Annual report of the Imperial Bacteriological Laboratory, Muktesar
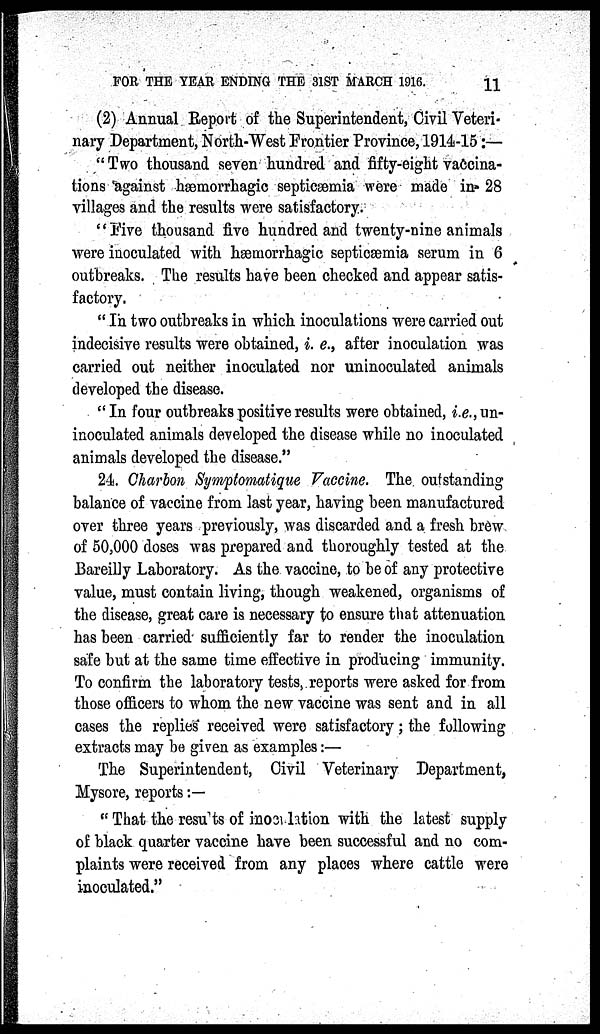
FOR THE YEAR ENDING THE 31ST MARCH 1916.
11
(2) Annual Report of the Superintendent, Civil Veteri-
nary Department, North-West Frontier Province, 1914-15:—
" Two thousand seven hundred and fifty-eight vaccina-
tions against hæmorrhagic septicæmia were made in 28
villages and the results were satisfactory.
"Five thousand five hundred and twenty-nine animals
were inoculated with hæmorrhagic septicæmia serum in 6
outbreaks. The results have been checked and appear satis-
factory.
" In two outbreaks in which inoculations were carried out
indecisive results were obtained, i. e., after inoculation was
carried out neither inoculated nor uninoculated animals
developed the disease.
"In four outbreaks positive results were obtained, i.e., un-
inoculated animals developed the disease while no inoculated
animals developed the disease."
24. Charbon Symptomatique Vaccine. The outstanding
balance of vaccine from last year, having been manufactured
over three years previously, was discarded and a fresh brew
of 50,000 doses was prepared and thoroughly tested at the
Bareilly Laboratory. As the vaccine, to be of any protective
value, must contain living, though weakened, organisms of
the disease, great care is necessary to ensure that attenuation
has been carried sufficiently far to render the inoculation
safe but at the same time effective in producing immunity.
To confirm the laboratory tests, reports were asked for from
those officers to whom the new vaccine was sent and in all
cases the replies received were satisfactory; the following
extracts may be given as examples:—
The Superintendent, Civil Veterinary Department,
Mysore, reports :—
" That the results of inoculation with the latest supply
of black quarter vaccine have been successful and no com-
plaints were received from any places where cattle were
inoculated."